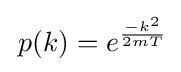
\,p(k)=e^{-k^{2} \over 2mT}